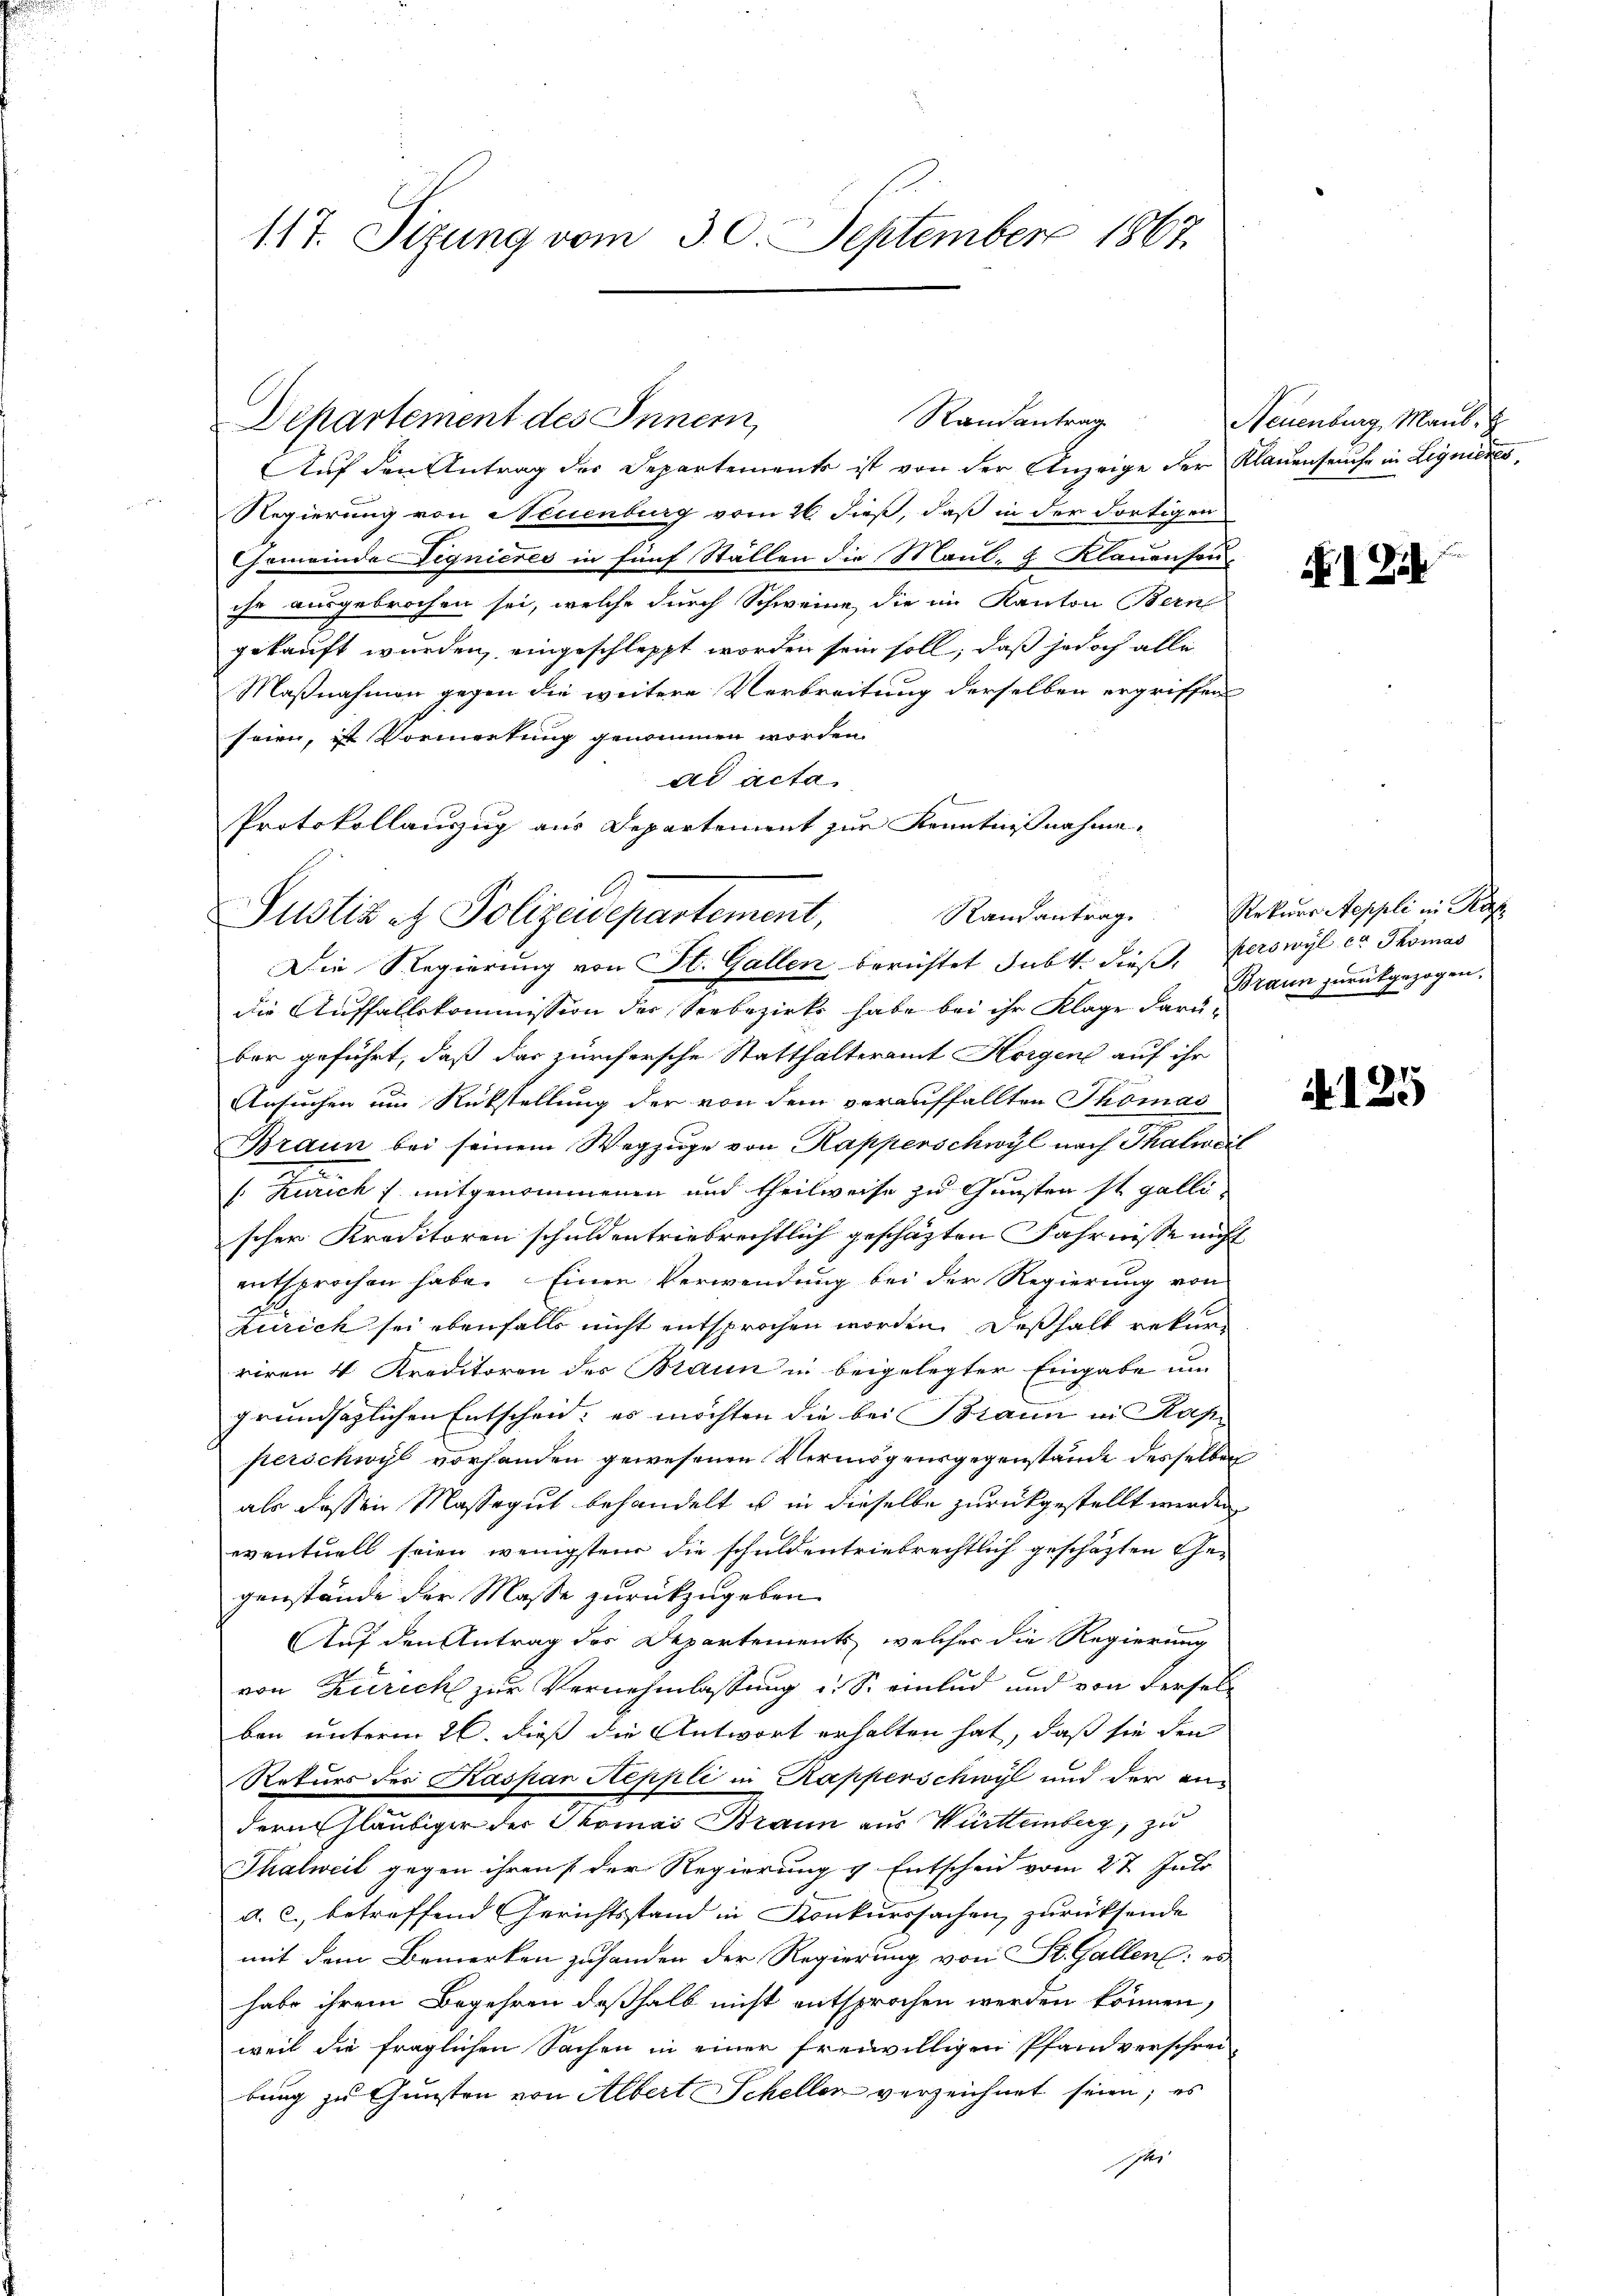
117. Sizung vom 30. September 1867

Departement des Inner,

Auf den Antrag des Departements ist von der Anzeige der Klauenseuche in Lignieres,
Regierung von Neuenburg vom 26. dieß, daß in der dortigen
Gemeinde Vignieres in fünf Ställen die Maul- & Klauenson
ihr ausgebrochen sei, welche durch Schweine, die im Kanton Bern
gekauft wurden, eingeschleppt worden sein soll, daß jedoch alle
Maßnahmen gegen die weitere Verbreitung derselben ergriffen
seien, ist Vormerkung genommen worden.
ad acta
Protokollauszug aus Departement zur Kenntnißnahme,
Die Regierung von St. Gallen berichtet subt. dieß, perswyl er Thomas
die Auffallskommission des Verbezirks habe bei ihr Klage darüber geführt, daß das zürchersche Statthalteramt Horgen auf ihr
Ansuchen um Rückstellung der von dem verauffallten Thomas
Braun bei seinem Wegzuge von Kapperschwyl nach Thalweil
I. Zürich / mitgenommenen und theilweise zu Gunsten ist galli
.
scher Kreditoren schuldentriebrechtlich geschäzten Fahrnisse nicht
entsprochen habe. Einen Verwendung bei der Regierung von
Zürich sei ebenfalls nicht entsprochen worden. Deßhalb rekurriren 4 Kreditoren des Braun in beigelegter Eingabe un
grundsätzlichen Entscheid, es möchten die bei Braun in Kap
perschwyl vorhanden gewesenen Vermögensgegenstände desselben
als dessen Massegut behandelt u in dieselbe zurückgestellt werden
eventuell seien wenigsten die schuldentriebrechtlich geschäzten Ge-
genstände der Masse zurückzugeben.
Auf den Antrag des Departements, welcher die Regierung
von Zürich zur Vernehmlassung u. S. einlud und von derselben unterm 26. dieß die Antwort erhalten hat, daß sie den
Rekurs des Kaspar Aeppli in Kapperschwyl und der ein
dern Gläubiger der Thomas Braun aus Württemberg, zu
Thalweil gegen ihren der Regierung v. Entscheid vom 27. Juli
a. c. betreffend Gerichtsstand in Konkurssachen zurücksende
mit dem Bemerken zuhanden der Regierung von St. Gallen: es
habe ihrem Begehren deßhalb nicht entsprochen werden können,
weil die fraglichen Sachen in einer freiwilligen Pfandverschrei
bung zu Gunsten von Albert Schellen verzeichnet seien; es
Iher

Randantrag

Justiz et Polizeidepartement,

Neuenburg, Maul.

N 1 Eik

Randantrage Rekurs Aeppli in Ki
Braun zurückgezogen.

125